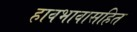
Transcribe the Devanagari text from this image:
हावभावासहित